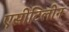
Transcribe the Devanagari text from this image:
एसीटिलीन